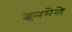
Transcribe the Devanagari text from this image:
इनमेसे